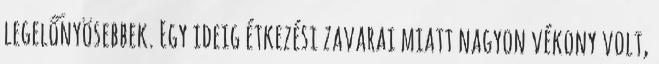
legelőnyösebbek. Egy ideig étkezési zavarai miatt nagyon vékony volt,